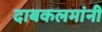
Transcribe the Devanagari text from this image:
दाबकलमांनी